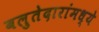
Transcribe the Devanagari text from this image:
बलुतेदारांमध्ये